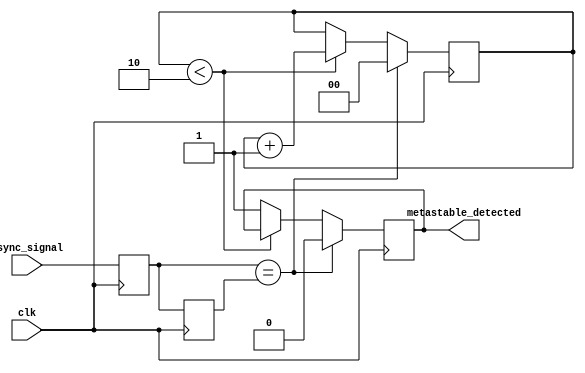
module metastability_detector (
    input wire clk,            // Clock signal
    input wire async_signal,   // Asynchronous input signal to monitor
    output reg metastable_detected // Output indicator for metastability
);

    // Latch outputs
    reg latch1_out; // Output of the first latch (L1)
    reg latch2_out; // Output of the second latch (L2)

    // Parameters for detection logic
    parameter STABLE_TIME = 3; // Number of clock cycles to monitor stability

    // State counter for metastability detection
    reg [1:0] state_counter;

    // Latch behavior on clock edges
    always @(posedge clk) begin
        // Capture the input signal in the first latch
        latch1_out <= async_signal; 
    end

    always @(posedge clk) begin
        // Capture the output of the first latch in the second latch
        latch2_out <= latch1_out;
    end

    // Metastability detection logic
    always @(posedge clk) begin
        // Reset the state counter if both latches are stable
        if (latch1_out == latch2_out) begin
            metastable_detected <= 1'b0; // No metastability detected
            state_counter <= 2'b00; // Reset counter
        end else begin
            // Increment the state counter if latches are different
            if (state_counter < STABLE_TIME - 1) begin
                state_counter <= state_counter + 1;
            end else begin
                metastable_detected <= 1'b1; // Metastability detected
            end
        end
    end

endmodule